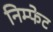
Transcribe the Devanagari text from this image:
निम्फेट